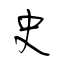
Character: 史